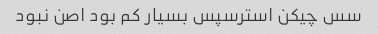
سس چیکن استرسپس بسیار کم بود اصن نبود